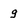
Character: 9